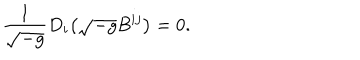
LaTeX: \frac { 1 } { \sqrt { - g } } D _ { i } \bigl ( \sqrt { - g } B ^ { i j } \bigr ) = 0 .